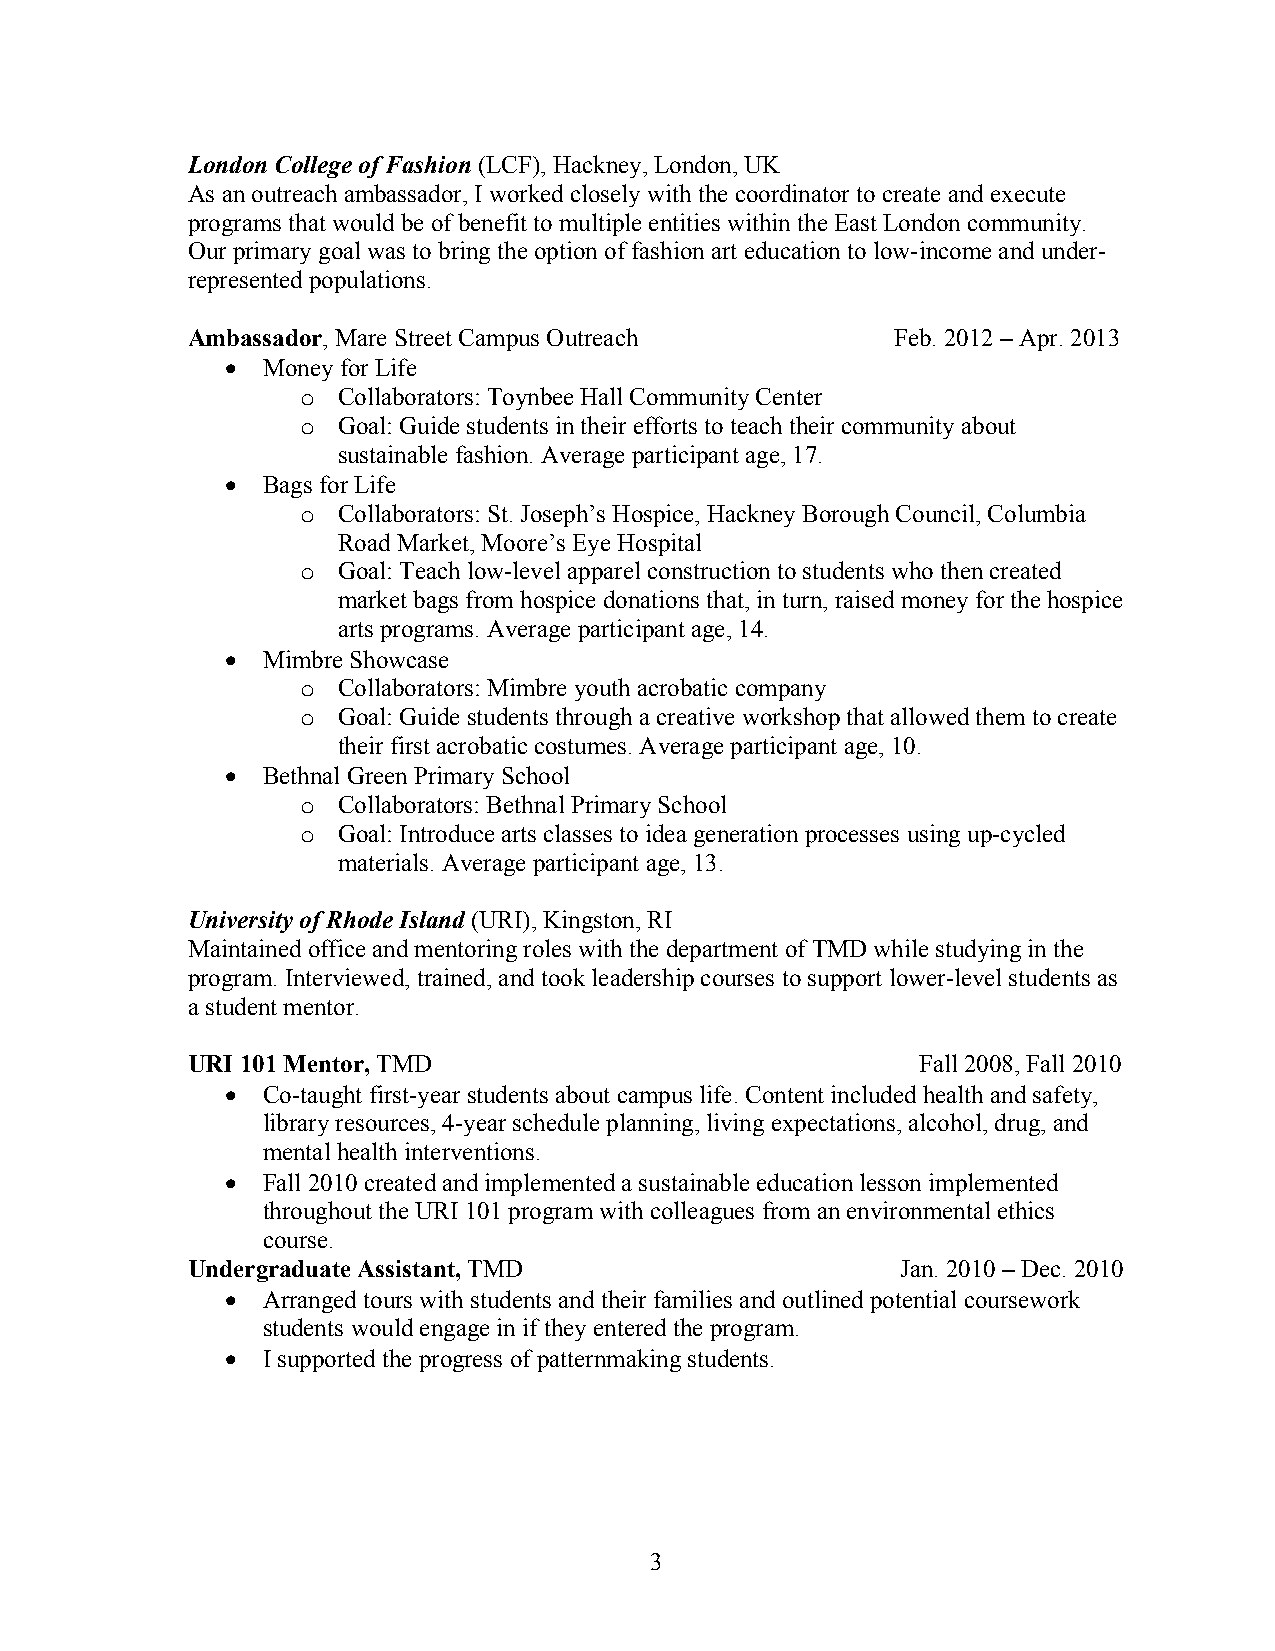
London College of Fashion (LCF), Hackney, London, UK
 As an outreach ambassador, I worked closely with the coordinator to create and execute
 programs that would be of benefit to multiple entities within the East London community.
 Our primary goal was to bring the option of fashion art education to low-income and under-
 represented populations.
 Ambassador, Mare Street Campus Outreach        Feb. 2012 – Apr. 2013
 • Money for Life
 o Collaborators: Toynbee Hall Community Center
 o Goal: Guide students in their efforts to teach their community about
 sustainable fashion. Average participant age, 17.
 • Bags for Life
 o Collaborators: St. Joseph’s Hospice, Hackney Borough Council, Columbia
 Road Market, Moore’s Eye Hospital
 o Goal: Teach low-level apparel construction to students who then created
 market bags from hospice donations that, in turn, raised money for the hospice
 arts programs. Average participant age, 14.
 • Mimbre Showcase
 o Collaborators: Mimbre youth acrobatic company
 o Goal: Guide students through a creative workshop that allowed them to create
 their first acrobatic costumes. Average participant age, 10.
 • Bethnal Green Primary School
 o Collaborators: Bethnal Primary School
 o Goal: Introduce arts classes to idea generation processes using up-cycled
 materials. Average participant age, 13.
 University of Rhode Island (URI), Kingston, RI
 Maintained office and mentoring roles with the department of TMD while studying in the
 program. Interviewed, trained, and took leadership courses to support lower-level students as
 a student mentor.
 URI 101 Mentor, TMD                              Fall 2008, Fall 2010
 • Co-taught first-year students about campus life. Content included health and safety,
 library resources, 4-year schedule planning, living expectations, alcohol, drug, and
 mental health interventions.
 • Fall 2010 created and implemented a sustainable education lesson implemented
 throughout the URI 101 program with colleagues from an environmental ethics
 course.
 Undergraduate Assistant, TMD                    Jan. 2010 – Dec. 2010
 • Arranged tours with students and their families and outlined potential coursework
 students would engage in if they entered the program.
 • I supported the progress of patternmaking students.
 3